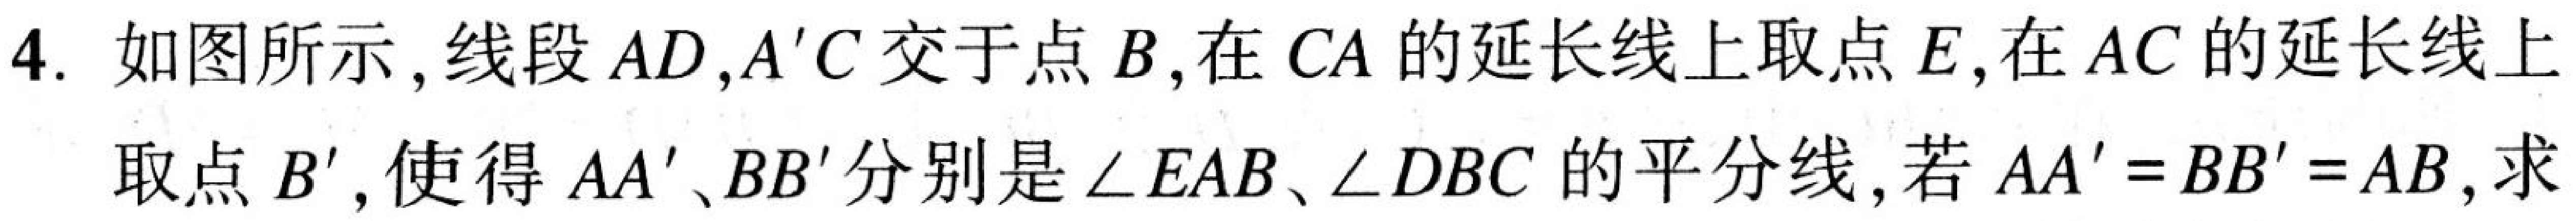
4. 如图所示，线段\(AD,A'C\)交于点\(B\)，在\(CA\)的延长线上取点\(E\)，在\(AC\)的延长线上取点\(B'\)，使得\(AA'\)、\(BB'\)分别是\(\angle EAB\)、\(\angle DBC\)的平分线，若\(AA' = BB' = AB\)，求